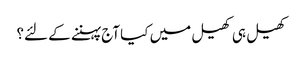
کھیل ہی کھیل میں کیا آج پہننے کے لئے؟